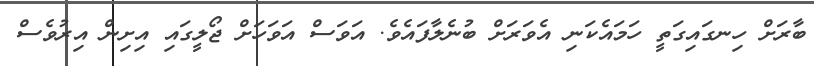
ބާރަށް ހިނގައިގަތީ ހަމައެކަނި އެވަރަށް ބުނެލާފައެވެ. އަވަސް އަވަހަށް ޖޯލީގައި އިށިން އިރުވެސް